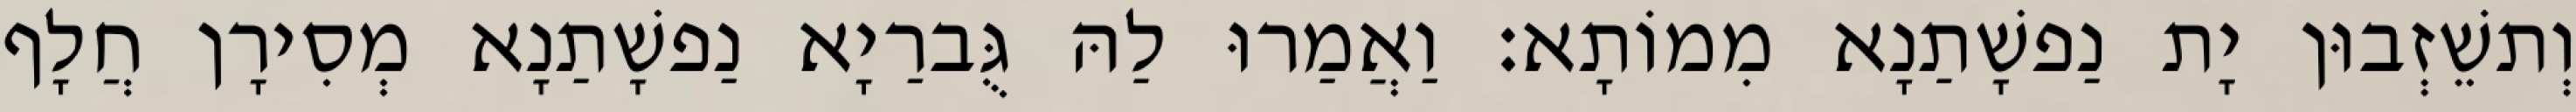
וְתשֵׁזְבוּן יָת נַפשָׁתַנָא מִמוֹתָא׃ וַאֲמַרוּ לַהּ גֻּברַיָא נַפשָׁתַנָא מְסִירָן חֲלָף